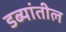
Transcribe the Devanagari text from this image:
डब्यांतील